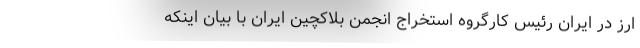
ارز در ایران رئیس کارگروه استخراج انجمن بلاکچین ایران با بیان اینکه